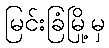
မြင်းခြံမြို့မှ